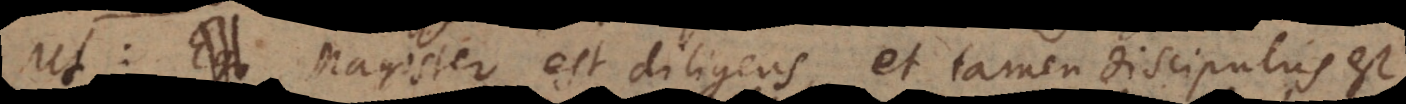
Ut: Ego Magister est diligens, et tamen discipulus e